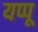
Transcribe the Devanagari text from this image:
यप्पू